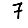
Digit: 7